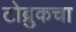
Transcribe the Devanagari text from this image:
टोब्रुकचा